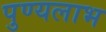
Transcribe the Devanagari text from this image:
पुण्यलाभ